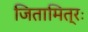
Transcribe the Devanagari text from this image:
जितामित्रः